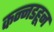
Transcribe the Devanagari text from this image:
कन्नडहून